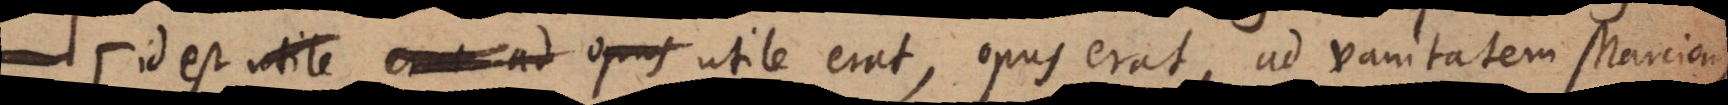
nis crucifi (: id est utile erat, opus erat, ad vanitatem Marcion